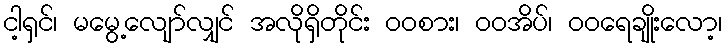
ငါ့ရှင်၊ မမွေ့လျော်လျှင် အလိုရှိတိုင်း ဝဝစား၊ ဝဝအိပ်၊ ဝဝရေချိုးလော့၊